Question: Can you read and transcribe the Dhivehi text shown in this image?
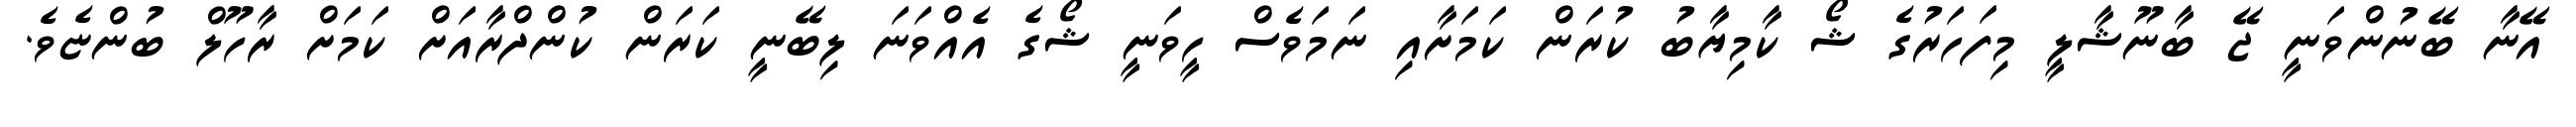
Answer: އޭނާ ބޭނުންވަނީ ޖޭ ބާނޫޝާލީ މިފަހަރުގެ ޝޯ ކާމިޔާބު ކުރަން ކަމަށާއި ނަމަވެސް ހީވަނީ ޝޯގެ އެއްވަނަ ލިބޭނީ ކަރަން ކުންދްރާއަށް ކަމަށް ރާހޫލް ބުންޏެވެ.